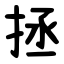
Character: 拯